Civil Veterinary Dept. Bombay admin report 1907-1913 - 1907-1913
Year: 1907
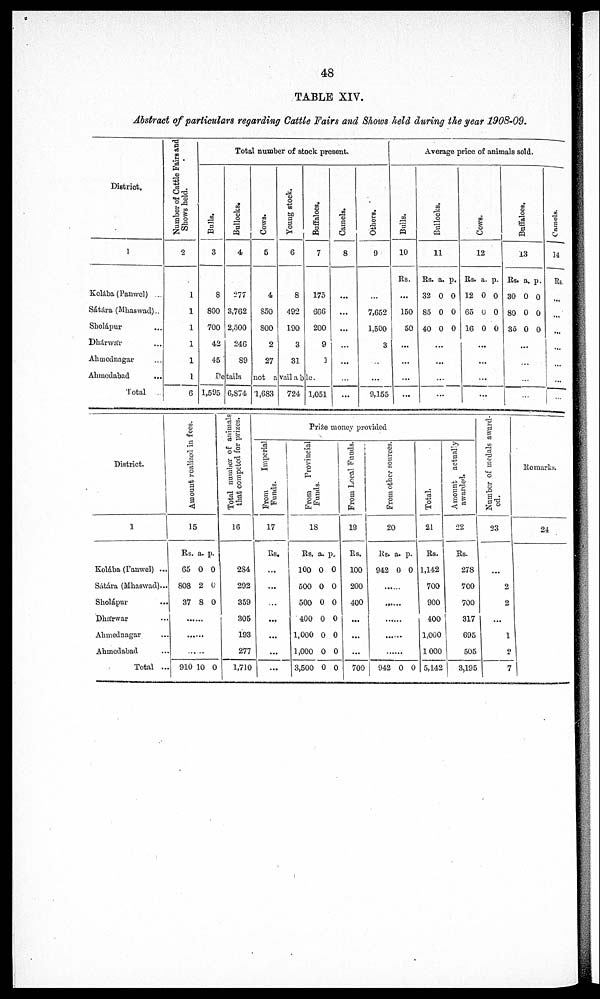
48
TABLE XIV.
Abstract of particulars regarding Cattle Fairs and Shows held during the year 1908-09.
District.
1
Kolába (Panwel) ...
Sátára (Mhaswad)..
Sholápur ...
Dhárwár ...
Ahmednagar ...
Ahmedabad ...
Total
Number of Cattle Fairs and
Shows held.
2
1
1
1
1
1
1
6
Total number of stock present.
Bulls.
3
8
800
700
42
45
Bullocks.
4
277
3,762
2,500
246
89
Cows.
5
4
850
800
2
27
Young stock.
6
8
492
190
3
31
Buffaloes.
7
175
666
200
9
1
Details
not available.
1,595 6,874 1,683
724 1,051
Camels.
8
...
...
...
...
...
...
...
Others.
9
...
7,652
1,500
3
...
...
9,155
Average price of animals sold.
Bulls.
10
Rs.
...
150
50
...
...
...
...
Bullocks.
1
1
Rs.
32
85
40
...
a.
0
0
0
...
...
...
p.
0
0
0
Cows .
1
2
Rs.
12
65
16
...
...
a.
0
0
0
...
...
p.
0
0
0
Buffaloes.
1
3
Rs.
30
80
36
...
...
...
...
a.
0
0
0
p.
0
0
0
Camels.
14
Rs.
...
...
...
...
...
...
...
District.
1
Kolába (Panwel) ...
Sátára (Mhaswad)...
Sholápur
...
Dhárwar ...
Ahmednagar ...
Ahmedabad ...
Total ...
Amount realized in fees.
15
Rs.
65
808
37
......
......
......
910
a.
0
2
8
10
p.
0
6
0
0
Total number of animals
that competed for prizes.
16
284
292
359
305
193
277
1,710
Pr i
z e mone y pr ovi de d
From
Imperial
Funds.
17
Rs.
...
...
...
...
...
...
...
Fr om Provincial
Funds .
18
Rs.
100
500
500
400
1,000
1,000
3,500
a.
0
0
0
0
0
0
0
p.
0
0
0
0
0
0
0
From Local Funds.
19
Rs.
100
200
400
...
...
...
700
From other sources.
20
Rs.
942
......
......
......
942
a.
0
0
p.
0
0
Total.
21
Rs.
1,142
700
900
400
1,000
1000
5,142
Amount actually
awarded.
22
Rs.
278
700
700
317
695
505
3,195
Number of medals award-
ed.
23
...
2
2
...
1
2
7
Remarks.
24